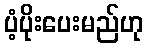
ပံ့ပိုးပေးမည်ဟု